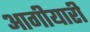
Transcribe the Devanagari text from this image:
आगीयारी